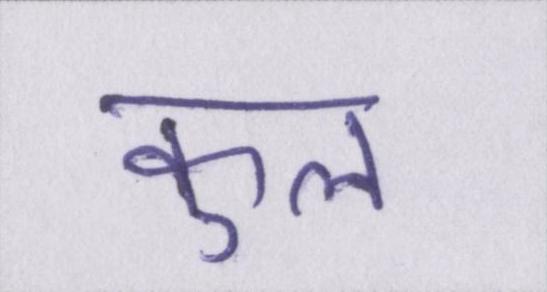
कुल